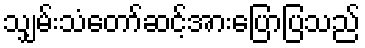
သျှမ်းသံတော်ဆင့်အားပြောပြသည်